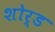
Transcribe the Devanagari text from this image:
शोर्ड